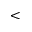
<